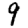
Digit: 9